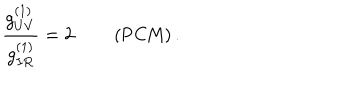
\frac { g _ { U V } ^ { ( 1 ) } } { g _ { I R } ^ { ( 1 ) } } = 2 \qquad \left( \mathrm { P C M } \right) .